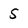
Character: 5